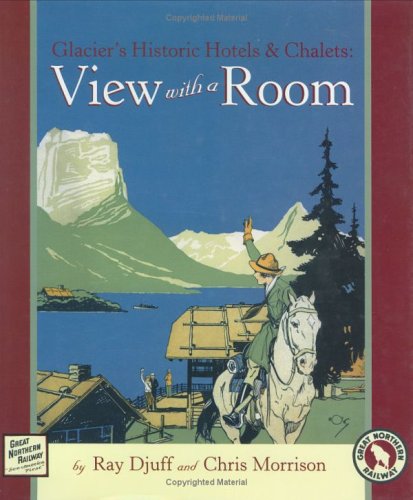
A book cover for Glacier's Historic Hotels & Chalets: View with a Room; Ray Djuff; Travel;